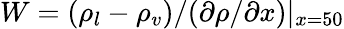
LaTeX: W=({\rho_{l}}-{\rho_{v}})/(\partial\rho/\partial x){|_{x=50}}